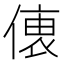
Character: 𠍡